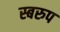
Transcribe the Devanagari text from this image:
स्बरुप